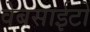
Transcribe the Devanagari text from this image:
वेबसाईटो